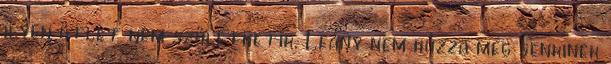
ilyen ötlet nem születhetik. Leány nem húzza meg senkinek